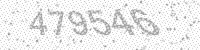
Solution: 479546